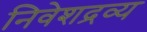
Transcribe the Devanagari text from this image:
निवेशद्रव्य